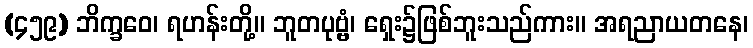
(၄၅၉) ဘိက္ခဝေ၊ ရဟန်းတို့။ ဘူတပုဗ္ဗံ၊ ရှေး၌ဖြစ်ဘူးသည်ကား။ အရညာယတနေ၊